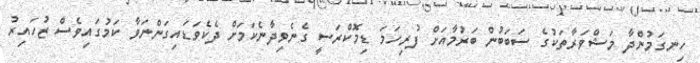
ހިނގަމުންދާ މަޝްވަރާތަކުގެ ސަބަބުން ބަރުމާއަށް ފުރިހަމަ ޑިމޮކްރަސީ ގެނެވިދާނެކަމަށް ދެކެވަޑައިގަންނަވާ ކަމުގައިވެސް ޒުހައިރު